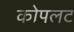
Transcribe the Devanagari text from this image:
कोपलट